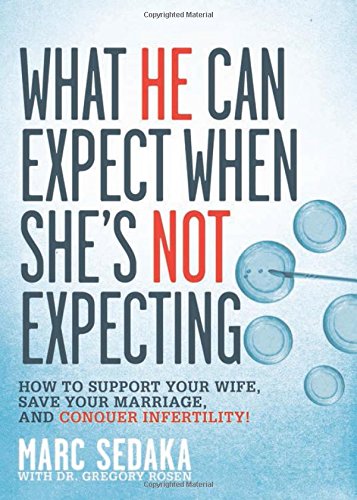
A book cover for What He Can Expect When She's Not Expecting: How to Support Your Wife, Save Your Marriage, and Conquer Infertility!; Marc Sedaka; Parenting & Relationships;